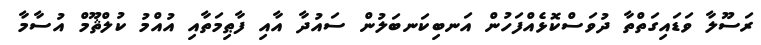
ރަސޫލާ ވަޑައިގަތްތާ ދުވަސްކޮޅެއްފަހުން އަނބިކަނބަލުން ސައުދާ އާއި ފާޠިމަތާއި އުއްމު ކުލްޘޫމް އުސާމާ